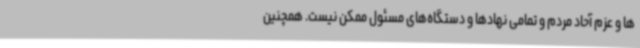
ها و عزم آحاد مردم و تمامی نهادها و دستگاه‌های مسئول ممکن نیست. همچنین